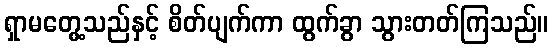
ရှာမတွေ့သည်နှင့် စိတ်ပျက်ကာ ထွက်ခွာ သွားတတ်ကြသည်။